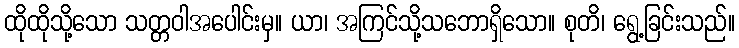
ထိုထိုသို့သော သတ္တဝါအပေါင်းမှ။ ယာ၊ အကြင်သို့သဘောရှိသော။ စုတိ၊ ရွေ့ခြင်းသည်။